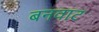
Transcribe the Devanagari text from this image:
बनवाट